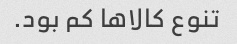
تنوع کالاها کم بود.